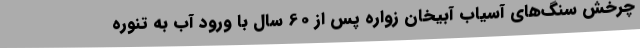
چرخش سنگ‌های آسیاب آبیخان زواره پس ‌از 60 سال با ورود آب به تنوره